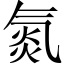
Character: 氮